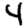
Digit: 4